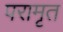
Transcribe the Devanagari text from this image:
परामृत